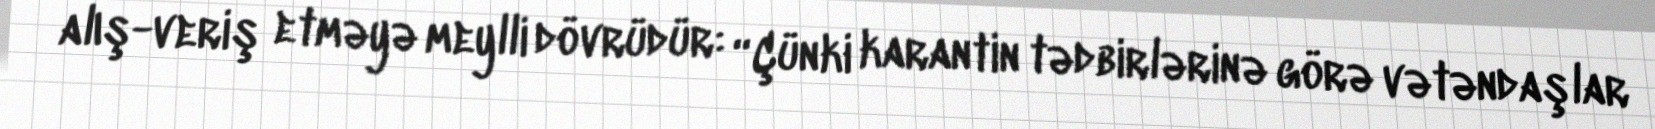
alış-veriş etməyə meylli dövrüdür: “Çünki karantin tədbirlərinə görə vətəndaşlar